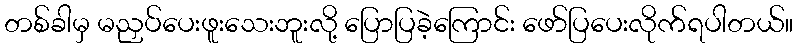
တစ်ခါမှ မညှပ်ပေးဖူးသေးဘူးလို့ ပြောပြခဲ့ကြောင်း ဖော်ပြပေးလိုက်ရပါတယ်။